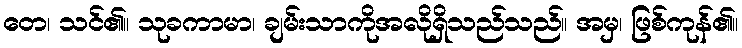
တေ၊ သင်၏။ သုခကာမာ၊ ချမ်းသာကိုအလိုရှိသည်သည်။ အမှ၊ ဖြစ်ကုန်၏။